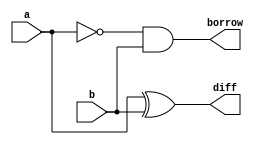
// -------------------------
// Guia_0802 - HALF SUBTRACTOR
// -------------------------
module halfSubtractor (output diff, borrow, input a, input b);
    xor XOR1 ( diff, a, b );
    and AND1 ( borrow, ~a, b );
endmodule // halfSubtractor

// -------------------------
// Guia_0802 - FULL SUBTRACTOR
// -------------------------
module fullSubtractor ( output diff, borrow, input a, input b, input bin );
    wire diff_int;
    wire borrow_int;
    
    halfSubtractor HS1 ( diff_int, borrow_int, a, b );
    halfSubtractor HS2 ( diff, borrow, diff_int, bin );
endmodule // fullSubtractor

// -------------------------
// Guia_0802 - SUBTRACTOR UNIT
// -------------------------
module Guia_0802 (
    output [5:0] s,
    input [4:0] a,
    input [4:0] b
);
    wire [4:0] borrow;

    // Connect full subtractors
    fullSubtractor FS0 (s[0], borrow[0], a[0], b[0], 1'b0);
    fullSubtractor FS1 (s[1], borrow[1], a[1], b[1], borrow[0]);
    fullSubtractor FS2 (s[2], borrow[2], a[2], b[2], borrow[1]);
    fullSubtractor FS3 (s[3], borrow[3], a[3], b[3], borrow[2]);
    fullSubtractor FS4 (s[4], borrow[4], a[4], b[4], borrow[3]);
    fullSubtractor FS5 (s[5], s[4], 1'b0, 1'b0, borrow[4]);
endmodule // Guia_0802

module test_Guia_0802;
    // Define inputs and outputs
    reg [4:0] x, y;
    wire [5:0] s_out;
    
    // Instantiate the Guia_0802 module
    Guia_0802 UUT (
        .s(s_out),
        .a(x),
        .b(y)
    );

    // Testbench
    initial begin
        // Initialize inputs
        x = 5'b00000;
        y = 5'b00000;

        // Test case 1
        #10 x = 5'b00001; y = 5'b00000;
        #10 x = 5'b00001; y = 5'b00001;
        #10 x = 5'b00010; y = 5'b00001;
        #10 x = 5'b00100; y = 5'b00001;
        #10 x = 5'b01000; y = 5'b00001;
        #10 x = 5'b10000; y = 5'b00001;

        // Add more test cases as needed

        // End simulation
        $finish;
    end
endmodule // test_Guia_0802